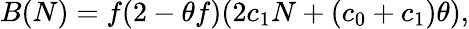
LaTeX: B(N)=f(2-\theta f)(2c_{1}N+(c_{0}+c_{1})\theta),